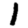
Digit: 1